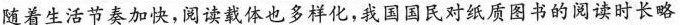
随着生活节奏加快，阅读载体也多样化，我国国民对纸质图书的阅读时长略